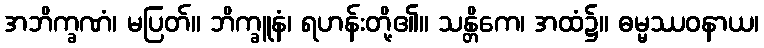
အဘိက္ခဏံ၊ မပြတ်။ ဘိက္ခူနံ၊ ရဟန်းတို့၏။ သန္တိကေ၊ အထံ၌။ ဓမ္မဿဝနာယ၊